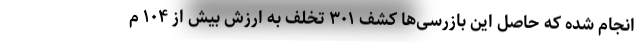
انجام شده که حاصل این بازرسی‌ها کشف ۳۰۱ تخلف به ارزش بیش از ۱۰۴ م